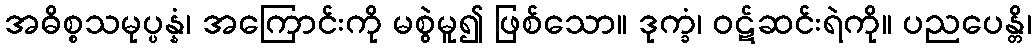
အဓိစ္စသမုပ္ပန္နံ၊ အကြောင်းကို မစွဲမူ၍ ဖြစ်သော။ ဒုက္ခံ၊ ဝဋ်ဆင်းရဲကို။ ပညပေန္တိ၊